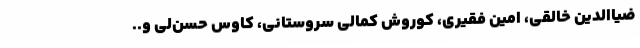
ضیاالدین خالقی، امین فقیری، کوروش کمالی سروستانی، کاوس حسن‌لی و..